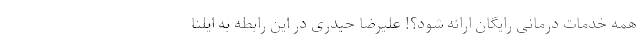
همه خدمات درمانی رایگان ارائه شود؟! علیرضا حیدری در این رابطه به ایلنا